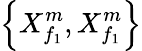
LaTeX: \left\{ X_{{f}_{1}}^{m},X_{{f}_{1}}^{m}\right\}